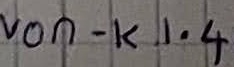
Text: von - K1.4